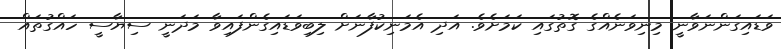
ވަޑައިގަންނަވާނީ މިނިވަނެއްގެ ގޮތުގައި ކަމަށެވެ. އަދި އެމަނިކުފާނަށް ލިބިވަޑައިގެންފައިވާ މަދަނީ ސިޔާސީ ހައްގުތައް